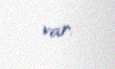
var.